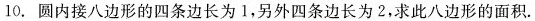
10.圆内接八边形的四条边长为1，另外四条边长为2，求此八边形的面积。